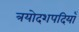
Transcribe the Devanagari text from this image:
त्रयोदशपदियाँ